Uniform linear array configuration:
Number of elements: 8
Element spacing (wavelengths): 0.25
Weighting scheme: hann
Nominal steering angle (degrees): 30
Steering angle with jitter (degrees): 28.805
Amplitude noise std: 0.05
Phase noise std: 0.05

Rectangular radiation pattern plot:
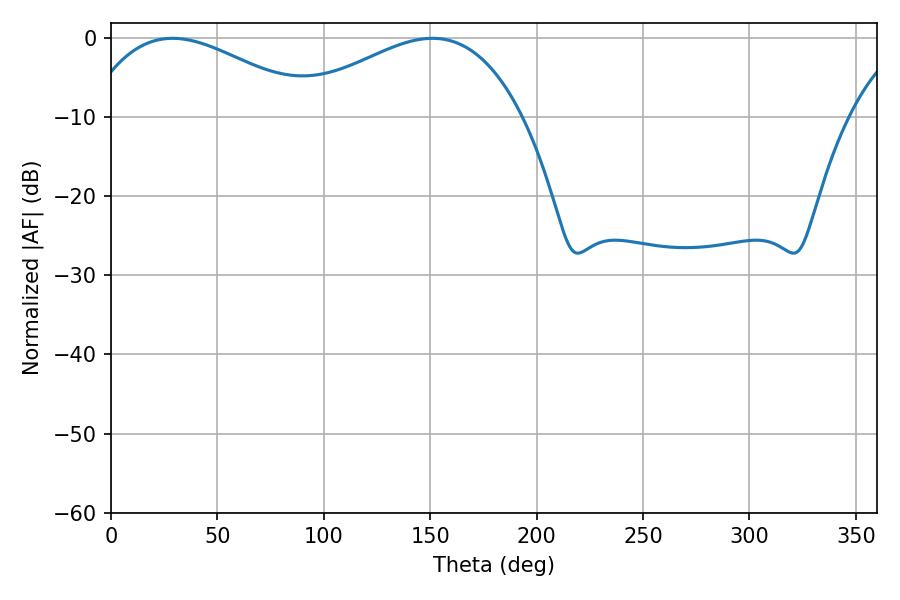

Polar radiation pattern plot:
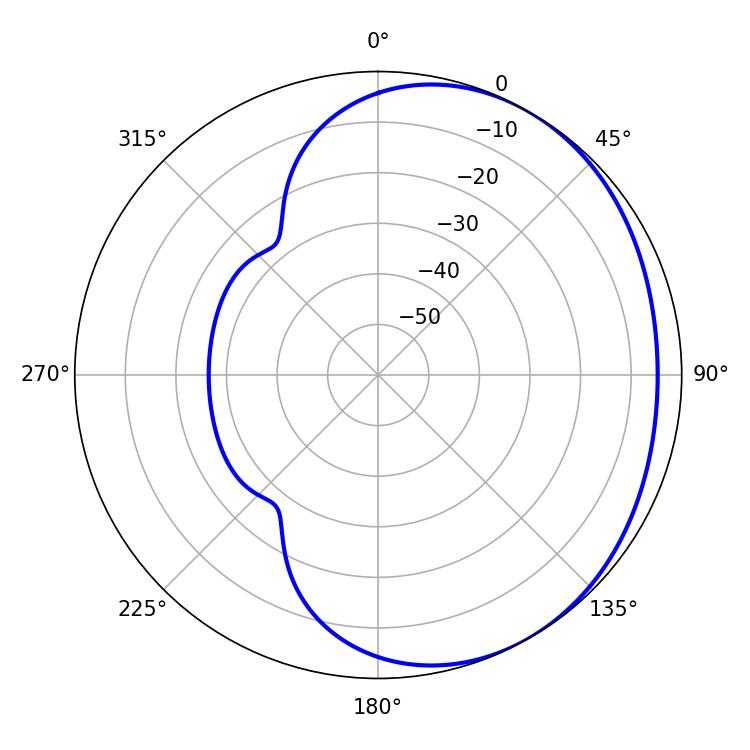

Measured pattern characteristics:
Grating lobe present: FALSE
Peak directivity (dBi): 2.233
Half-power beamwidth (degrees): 59.58
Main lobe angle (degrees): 28.98